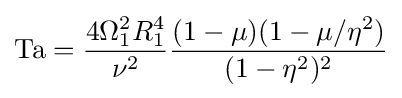
\mathrm {Ta} ={\frac {4\Omega _{1}^{2}R_{1}^{4}}{\nu ^{2}}}{\frac {(1-\mu )(1-\mu /\eta ^{2})}{(1-\eta ^{2})^{2}}}